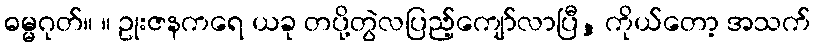
ဓမ္မဂုတ်။ ။ ဥုးဇနကရေ ယခု တပို့တွဲလပြည့်ကျော်လာပြီ, ကိုယ်တော့ အသက်